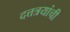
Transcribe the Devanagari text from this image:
दत्तत्रयांची